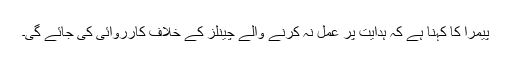
پیمرا کا کہنا ہے کہ ہدایت پر عمل نہ کرنے والے چینلز کے خلاف کارروائی کی جائے گی۔